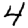
Digit: 4